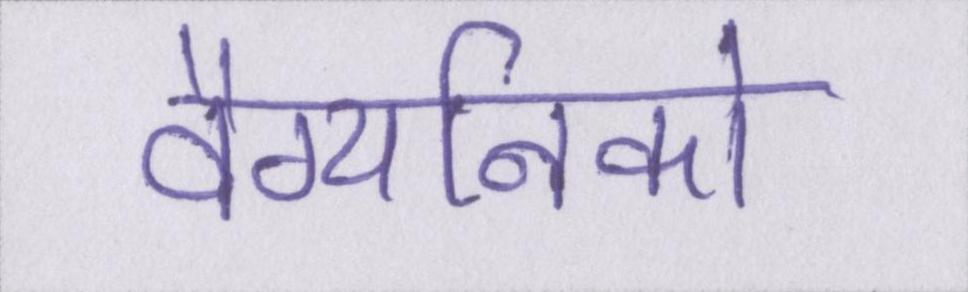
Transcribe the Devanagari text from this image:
वैग्यनिको